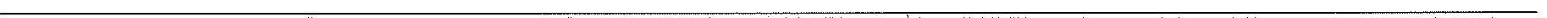
___